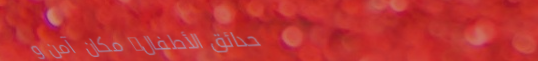
حدائق الأطفال: مكان آمن و